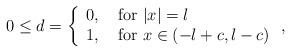
LaTeX: \begin{align*} 0\leq d=\left\{\begin{array}{ll} 0, &\mbox{ for } |x|=l\\ 1, &\mbox{ for } x\in (-l+c,l-c)\end{array}\right.,\end{align*}